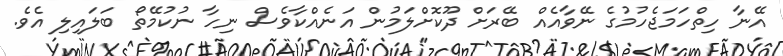
އޭނާ ހިތްހަމަޖެހުމުގެ ނޭވާއެއް ބޭރަށް ދޫކޮށްލަމުން އަނެއްކާވެސް ނިހާ ނުކުމޭތޯ ބަލައިލި އެވެ.